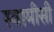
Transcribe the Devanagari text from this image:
स्वामीसी